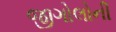
જીગોલોની